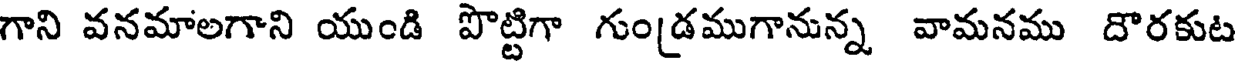
గాని వనమాలగాని యుండి పొట్టిగా గుం[డముగానున్న వామనము దొరకుట